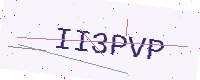
Text: II3PVP